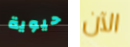
حيوية الآن